Leaving Certificate Examination, 1909
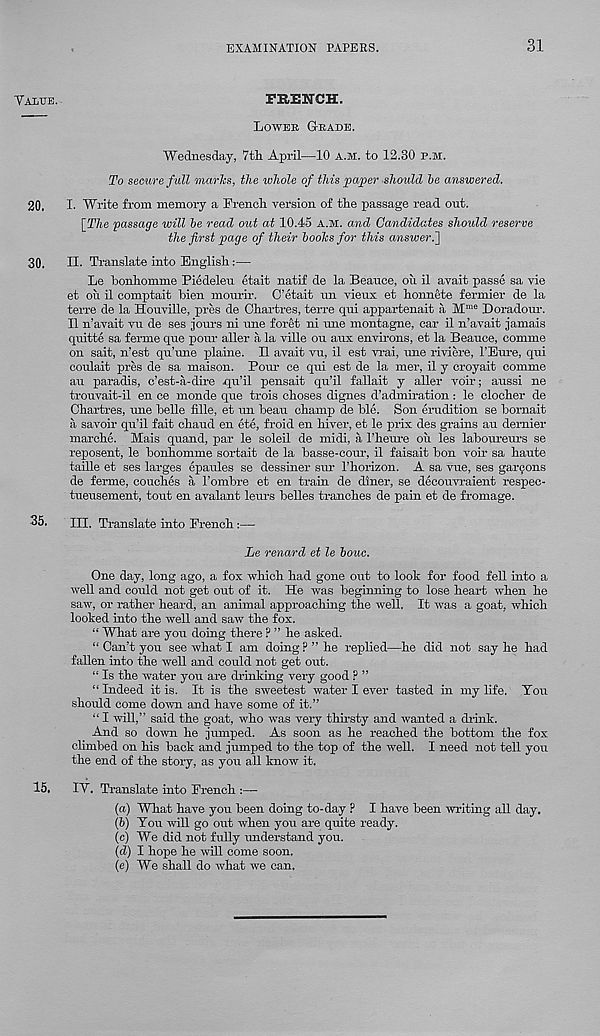
EXAMINATION PAPERS.
31
Val'Cte.
FRENCH.
Loweb G-bade.
Wednesday, 7tli April—10 a.m. to 12.30 p.m.
To secure full marTcs, the whole of this paper should be answered.
20. I. Write from memory a French version of the passage read out.
[_The passage will be read out at 10.45 a.m. and Candidates should reserve
the first page of their boohs for this answer.2
30. EL Translate into English:—
Le honhomme Piedeleu etait natif de la Beauce, on il avait passe sa vie
et on il comptait Men mourir. O’etait un vieux et honnete fermier de la
terre de la Houville, pres de Chartres, terre qui appartenait a M me Doradour.
Il n’avait vu de ses jours ni une foret ni une montagne, car il n’avait jamais
quitte sa ferme que pour aller a la ville on aux environs, et la Beauce, comme
on salt, n’est qu’une plaine. Il avait vu, il est vrai, une riviere, 1’Eure, qui
coulait pres de sa maison. Pour ce qui est de la mer, il y croyait comme
an paradis, c’est-a-dire qu’il pensait qu’il fallait y aller voir; aussi ne
trouvait-il en ce monde que trois choses digues d’admiration: le clocher de
Chartres, une helle fille, et un heau champ de Me. Son erudition se bomait
a savoir qu’il fait chaud en ete, froid en hiver, et le prix des grains an dernier
marche. Mais quand, par le soleil de midi, a Theure ou les laboureurs se
reposent, le bonhomme sortait de la basse-cour, il faisait bon voir sa haute
taille et ses larges epaules se dessiner sur 1’horizon. A sa vue, ses gardens
de ferme, couches a 1’ombre et en train de diner, se decouvraient respec-
tueusement, tout en avalant leurs belles tranches de pain et de fromage.
35. HI. Translate into French:—
Le renard et le bouc.
One day, long ago, a fox which had gone out to look for food fell into a
well and could not get out of it. He was beginning to lose heart when he
saw, or rather heard, an animal approaching the well. It was a goat, which
looked into the well and saw the fox.
“ What are you doing there ? ” he asked.
“ Can’t you see what I am doing? ” he replied—he did not say he had
fallen into the well and could not get out.
“ Is the water you are drinking very good ? ”
“ Indeed it is. It is the sweetest water I ever tasted in my life. You
should come down and have some of it.”
“ I will,” said the goat, who was very thirsty and wanted a drink.
And so down he jumped. As soon as he reached the bottom the fox
climbed on his back and jumped to the top of the well. I need not tell you
the end of the story, as you all know it.
15. IY. Translate into French :—
(a) What have you been doing to-day ? I have been writing all day.
(5) You will go out when you are quite ready.
(c) We did not fully understand you.
(d) I hope he will come soon.
(e) We shall do what we can.